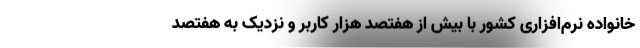
خانواده نرم‌افزاری کشور با بیش از هفتصد هزار کاربر و نزدیک به هفتصد